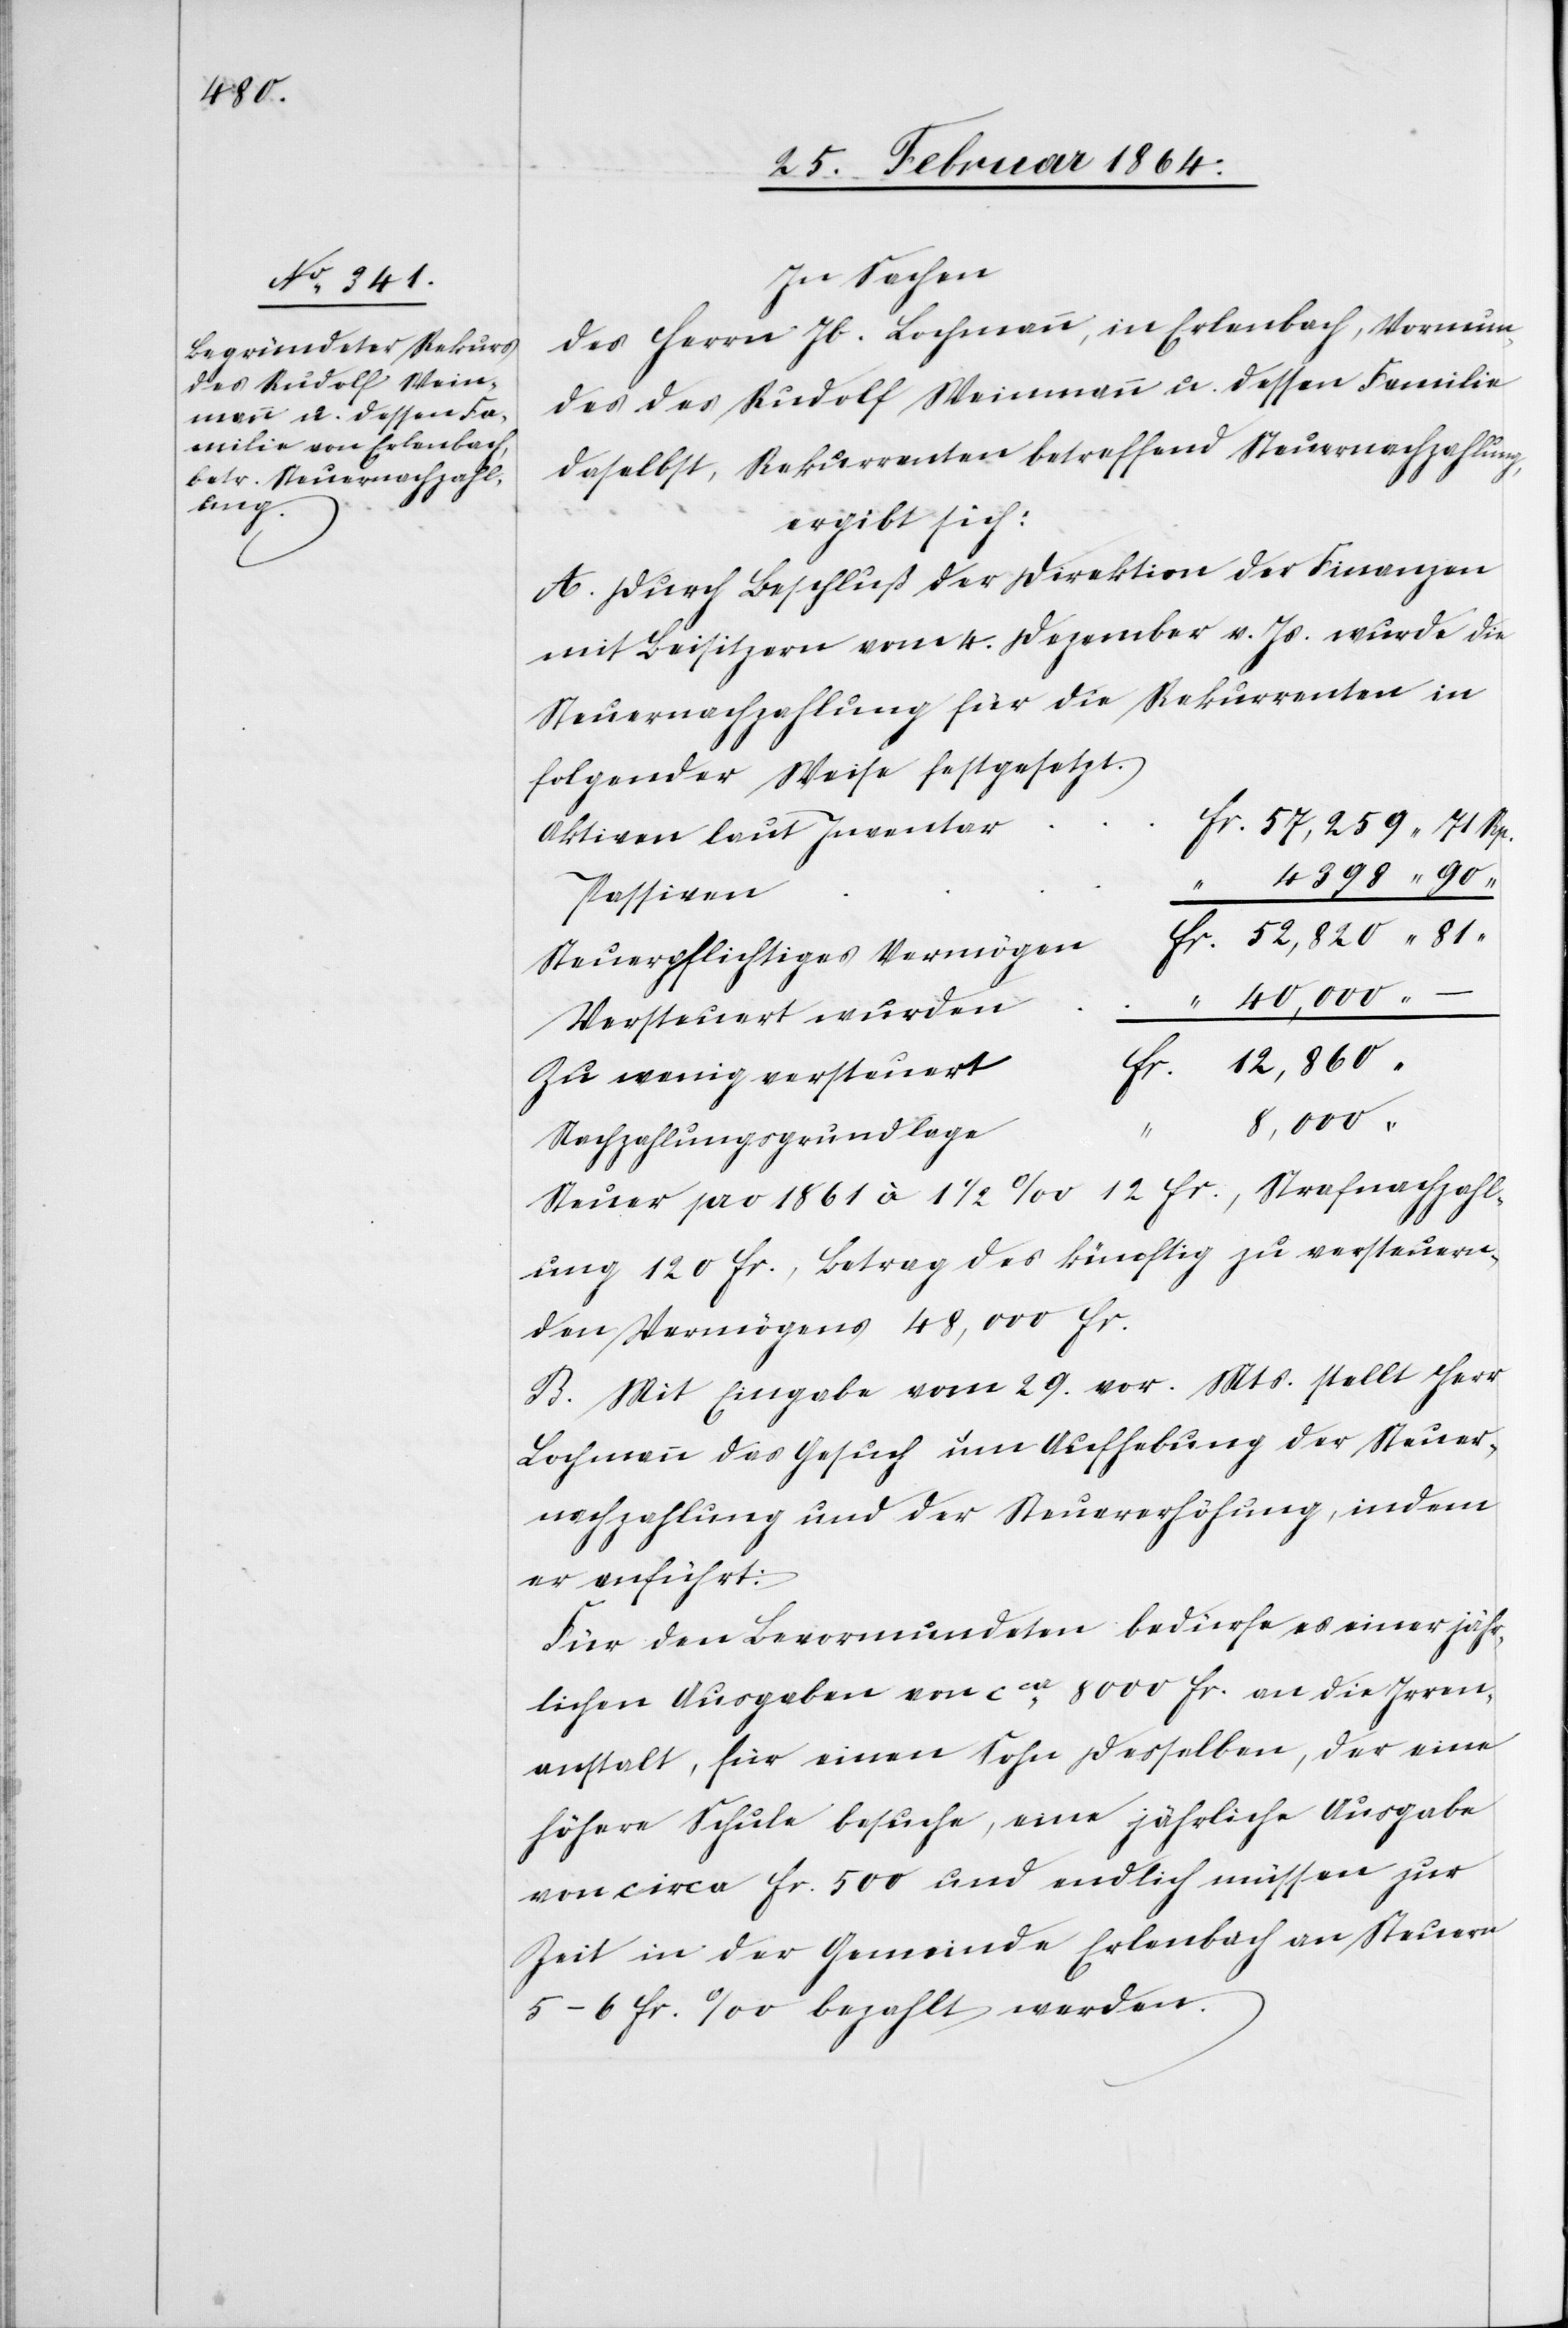
In Sachen
des Herrn Jb. Lochmann, in Erlenbach, Vormun¬
des des Rudolf Weinmann u. dessen Familie
daselbst, Rekurrenten betreffend Steuernachzahlung,
ergibt sich:
A. Durch Beschluß der Direktion der Finanzen
mit Beisitzern vom 4. Dezember v. Js. wurde die
Steuernachzahlung für die Rekurrenten in
folgender Weise festgesetzt.
r	fr. 57,259 71 Rp.
Aktiven laut Inventa¬
4398 90
r. 52,820 81
Steuerpflichtiges Vermögen	f¬
“ 40,000
Versteuert wurden
r. 12,860
Zu wenig versteuert	f¬
8,000
Nachzahlungsgrundlage
Steuer pro 1861 à 1 1/2‰ 12 fr., Strafnachzahl¬
ung 120 fr., Betrag des künftig zu versteuern¬
den Vermögens 48,000 fr.
B. Mit Eingabe vom 29. vor. Mts. stellt Herr
Lochmann das Gesuch um Aufhebung der Steuer¬
nachzahlung und der Steuererhöhung, indem
er anführt:
Für den Bevormundeten bedürfe es einer jähr¬
lichen Ausgaben [sic!] von cca 8000 fr. an die Irren¬
anstalt, für einen Sohn desselben, der eine
höhere Schule besuche, eine jährliche Ausgabe
von circa fr. 500 und endlich müssen zur
Zeit in der Gemeinde Erlenbach an Steuern
5-6 fr. ‰ bezahlt werden.